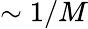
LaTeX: \sim 1/M